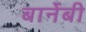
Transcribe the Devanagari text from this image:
बार्नेबी